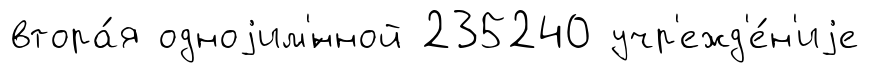
втора́я одноjим'́нной 235240 учр'ежд'е́н'иjе